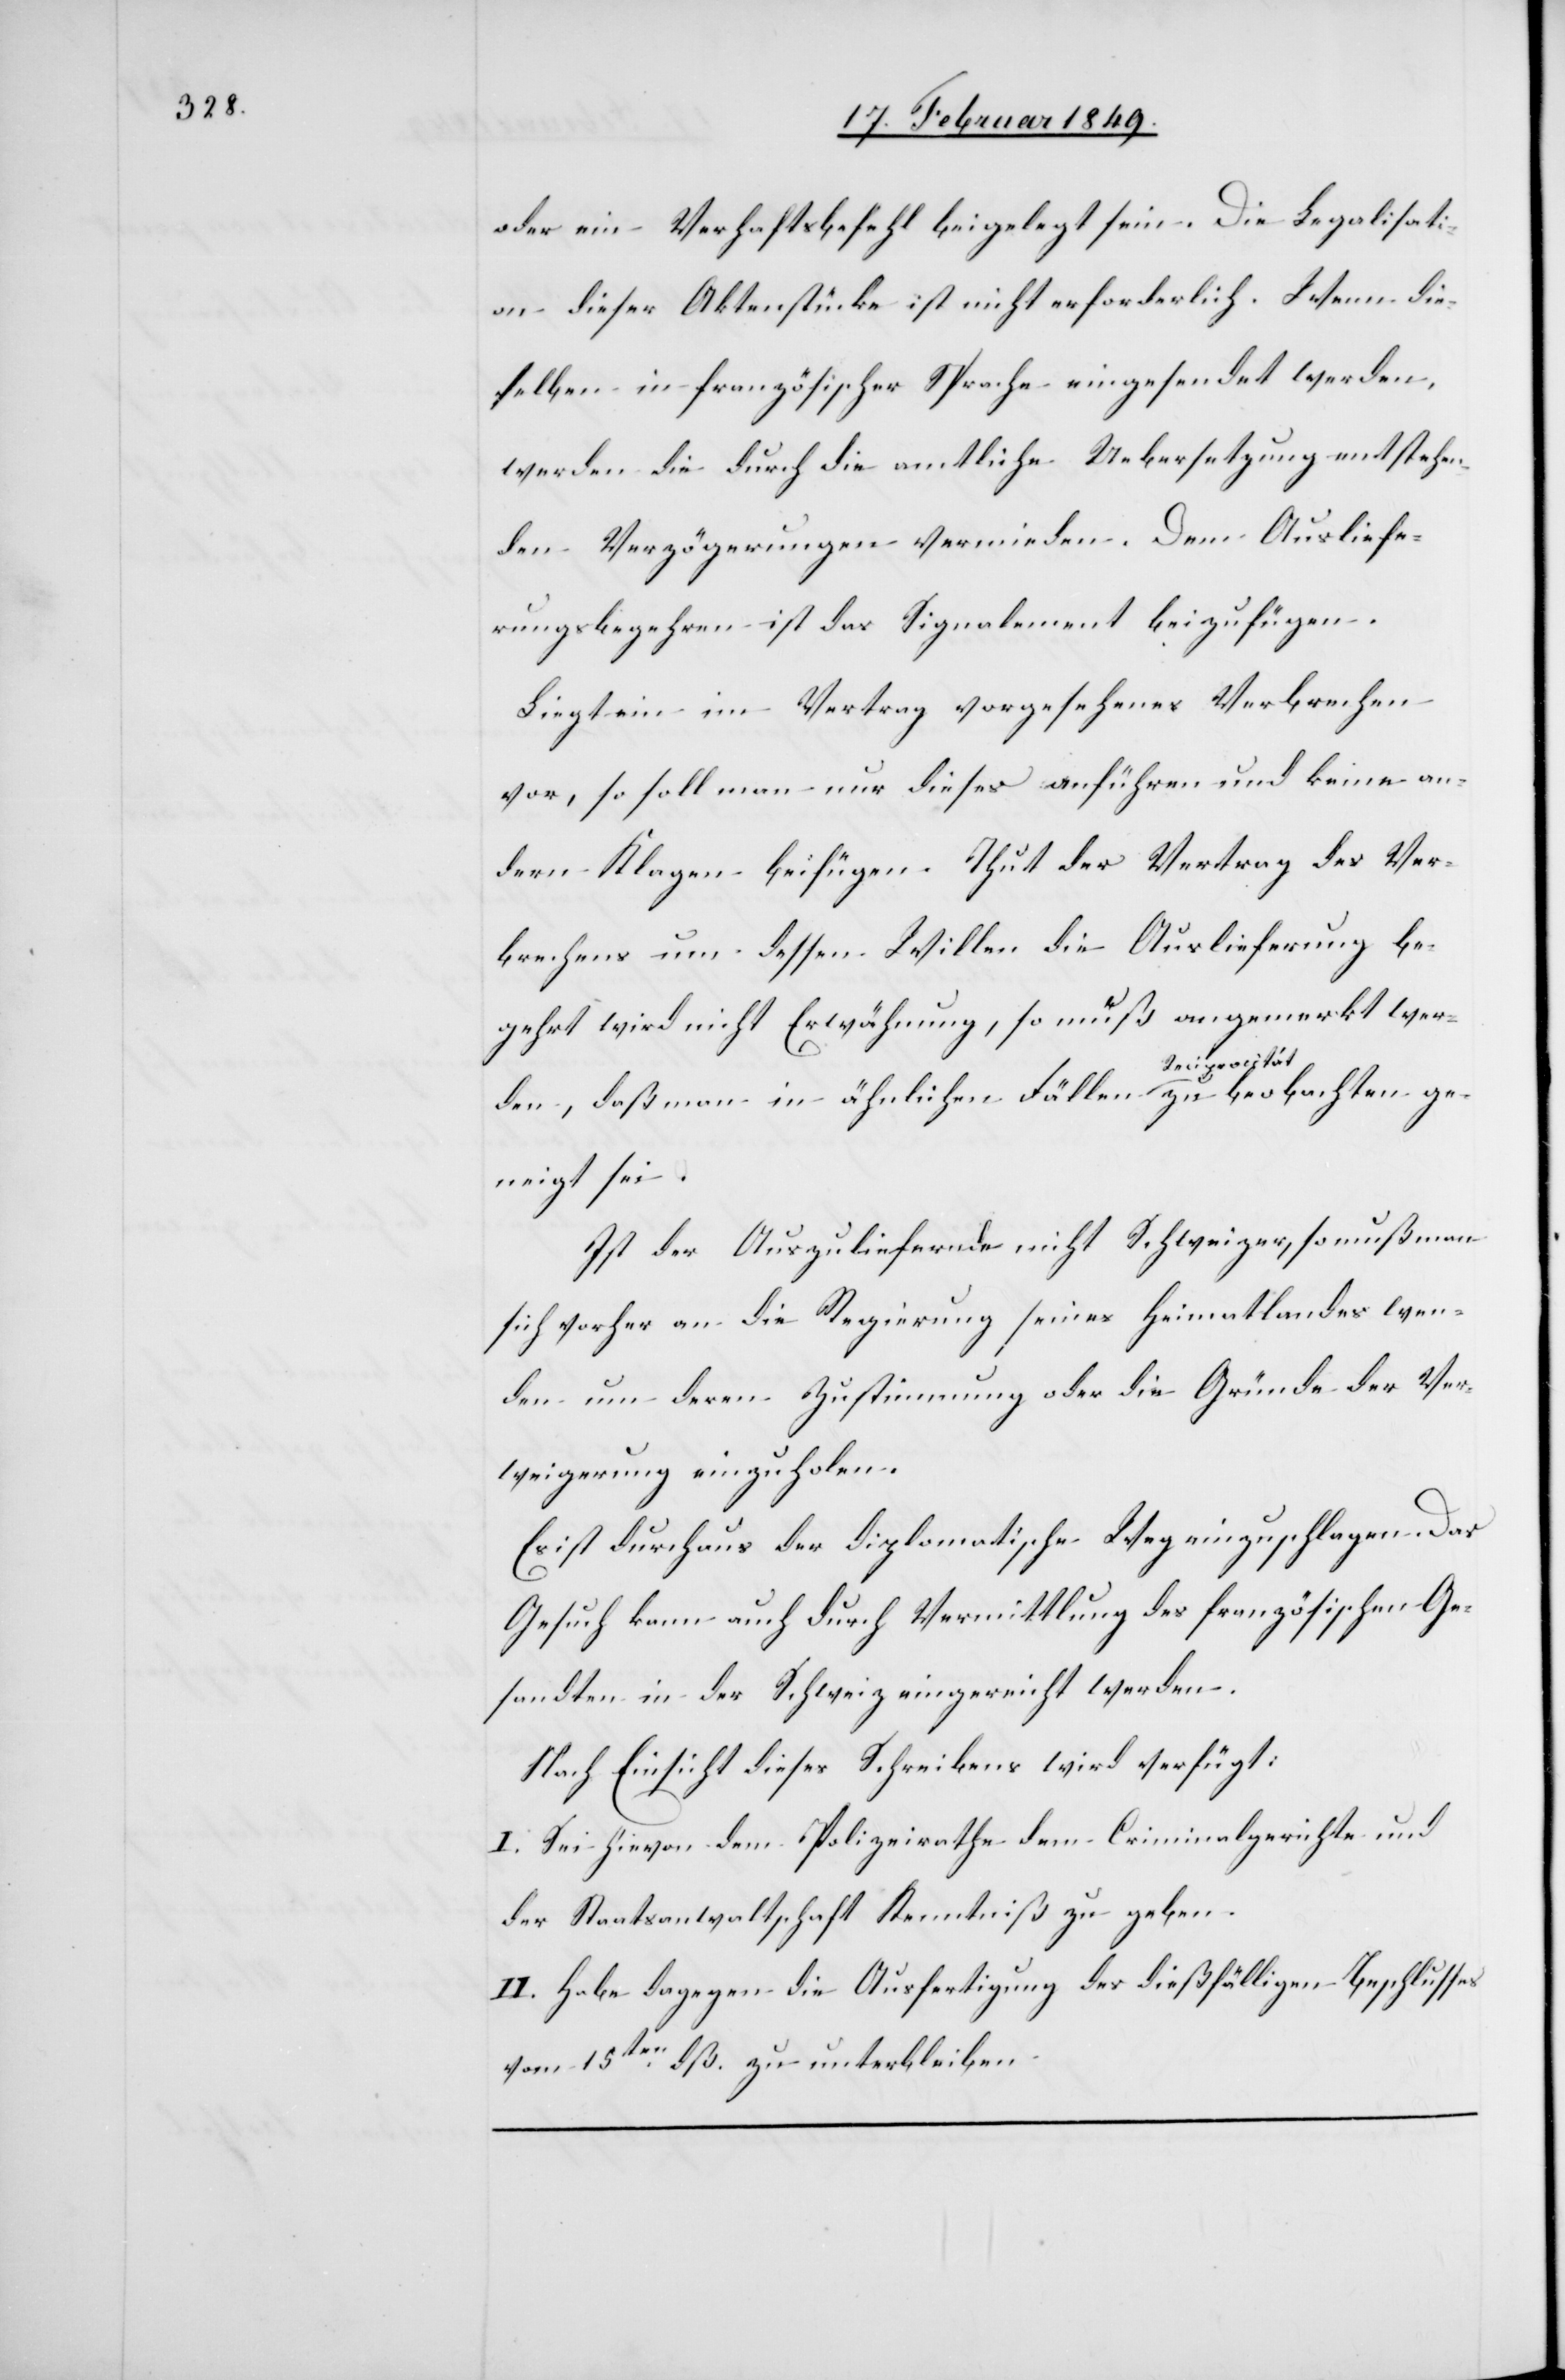
oder ein Verhaftsbefehl beigelegt sein. Die Legalisati¬
on dieser Aktenstücke ist nicht erforderlich. Wenn die¬
selben in französischer Sprache eingesendet werden,
werden die durch die amtliche Uebersetzung entstehen¬
den Verzögerungen vermieden. Dem Ausliefe¬
rungsbegehren ist das Signalement beizufügen.
Liegt ein im Vertrag vorgesehenes Verbrechen
vor, so soll man nur dieses anführen und keine an¬
dern Klagen beifügen. Thut der Vertrag des Ver¬
brechens um dessen Willen die Auslieferung be¬
gehrt wird nicht Erwähnung, so muß angemerkt wer¬
den, daß man in ähnlichen Fällen Reciprocität zu
geneigt sei.
Ist der Auszuliefernde nicht Schweizer, so muß man
sich vorher an die Regierung seines Heimatlandes wen¬
den um deren Zustimmung oder die Gründe der Ver¬
weigerung einzuholen.
Es ist durchaus der diplomatische Weg einzuschlagen. Das
Gesuch kann auch durch Vermittlung des französischen Ge¬
sandten in der Schweiz eingereicht werden.
Nach Einsicht dieses Schreibens wird verfügt:
I. Sei hievon dem Polizeirathe dem Criminalgerichte und
der Staatsanwaltschaft Kenntniß zu geben.
II. Habe dagegen die Ausfertigung des dießfälligen Beschlusses
vom 15ten. dß. zu unterbleiben.